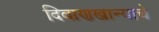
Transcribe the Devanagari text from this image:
दिवाणखान्याचे